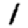
Digit: 1